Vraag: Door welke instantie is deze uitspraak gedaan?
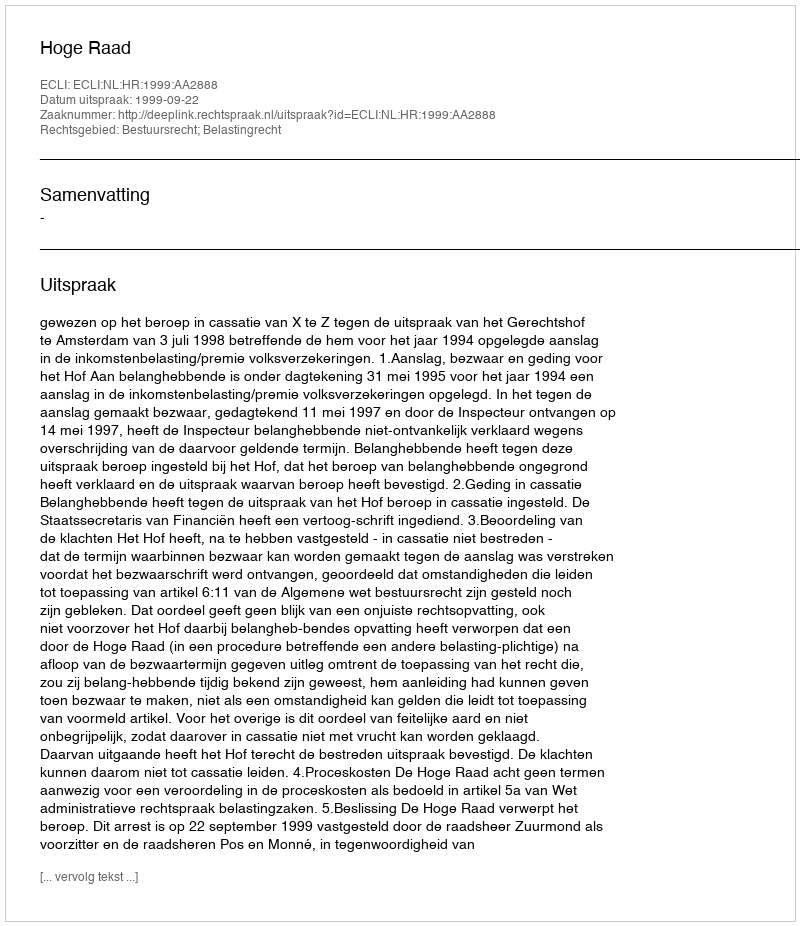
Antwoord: Hoge Raad